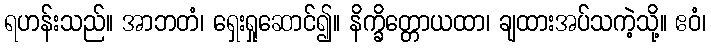
ရဟန်းသည်။ အာဘတံ၊ ရှေးရှုဆောင်၍။ နိက္ခိတ္တောယထာ၊ ချထားအပ်သကဲ့သို့။ ဧဝံ၊